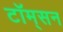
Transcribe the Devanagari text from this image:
टॉम्‌सन